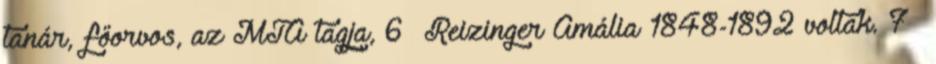
tanár, főorvos, az MTA tagja, 6 Reizinger Amália 1848-1892 voltak. 7